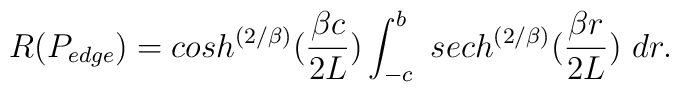
R(P_{edge}) = cosh^{\left({2/\beta}\right)}({{\beta c} \over {2L}})\int^{b}_{-c}\,\, sech^{\left({2/\beta}\right)}({{\beta r} \over {2L}})\,\,dr.